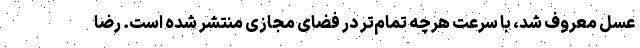
عسل معروف شد، با سرعت هرچه تمام‌تر در فضای مجازی منتشر شده است. رضا